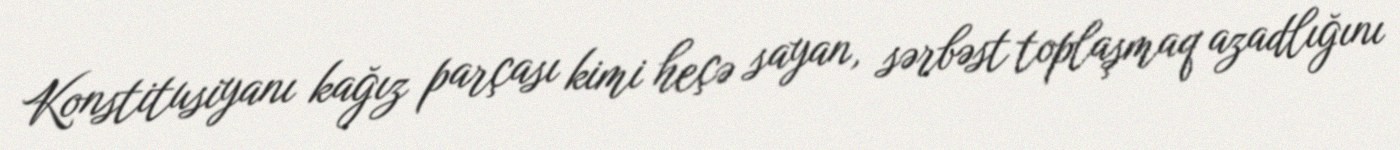
Konstitusiyanı kağız parçası kimi heçə sayan, sərbəst toplaşmaq azadlığını